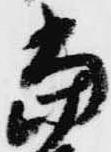
当